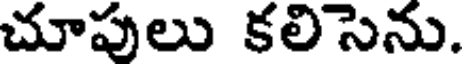
చూపులు కలిసెను.